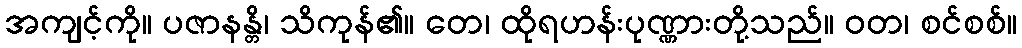
အကျင့်ကို။ ပဇာနန္တိ၊ သိကုန်၏။ တေ၊ ထိုရဟန်းပုဏ္ဏားတို့သည်။ ဝတ၊ စင်စစ်။